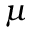
\mu